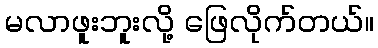
မလာဖူးဘူးလို့ ဖြေလိုက်တယ်။